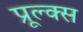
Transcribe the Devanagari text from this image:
प्रूल्क्स